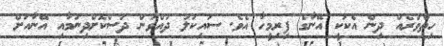
ހިތްވަރެއް ދިން އެކަކީ އޭނާގެ ފިރިމީހާ އެވެ. ސައިކަލު ދުއްވަން ދަސްކޮށްދިނުމާއި އޭނާއަށް